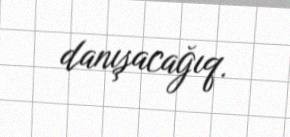
danışacağıq.